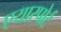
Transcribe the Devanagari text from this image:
एयारपोर्ट